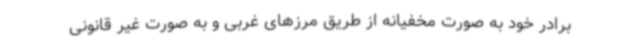
برادر خود به صورت مخفیانه از طریق مرزهای غربی و به صورت غیر قانونی